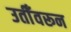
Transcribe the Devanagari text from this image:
उतीँवरून